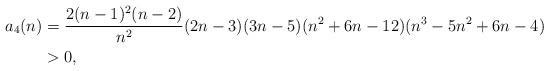
LaTeX: \begin{align*}a_4(n)& = \frac{2 (n - 1)^2 (n - 2)}{n^2}(2 n - 3) (3 n - 5) (n^2 + 6 n - 12) (n^3 - 5 n^2 + 6 n - 4)\\&>0,\end{align*}